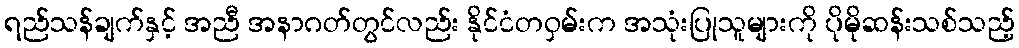
ရည်သန်ချက်နှင့် အညီ အနာဂတ်တွင်လည်း နိုင်ငံတဝှမ်းက အသုံးပြုသူများကို ပိုမိုဆန်းသစ်သည့်